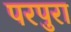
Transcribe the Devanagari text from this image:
परपुरा